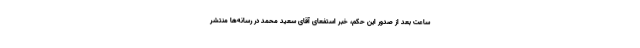
ساعت بعد از صدور این حکم، خبر استفعای آقای سعید محمد در رسانه‌ها منتشر